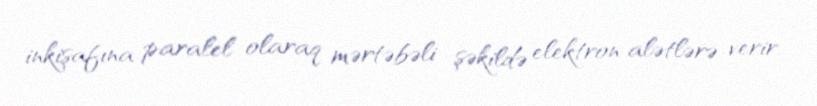
inkişafına paralel olaraq mərtəbəli şəkildə elektron alətlərə verir.